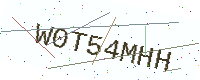
Text: W0T54MHH